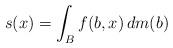
LaTeX: \begin{align*}s(x) = \int_B f(b,x) \, dm(b)\end{align*}